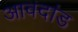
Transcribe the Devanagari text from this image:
आवदांड